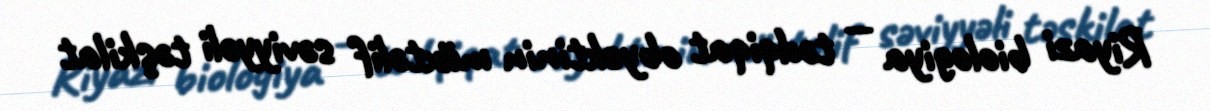
Riyazi biologiya — tədqiqat obyektinin müxtəlif səviyyəli təşkilat